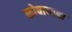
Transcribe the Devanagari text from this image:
कोषाध्यक्षा